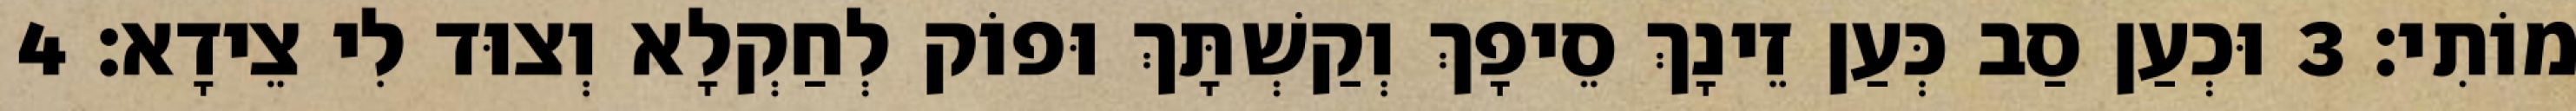
מוֹתִי׃ 3 וּכְעַן סַב כְּעַן זֵינָךְ סֵיפָךְ וְקַשְׁתָּךְ וּפוֹק לְחַקְלָא וְצוּד לִי צֵידָא׃ 4